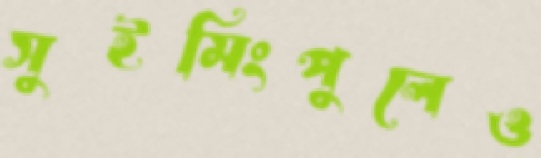
সুইমিংপুলেও